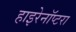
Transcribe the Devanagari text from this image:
हाइरेनॉप्टरा